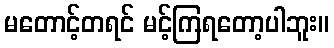
မတောင့်တရင် မင့်ကြရတော့ပါဘူး။